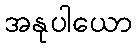
အနုပါယော